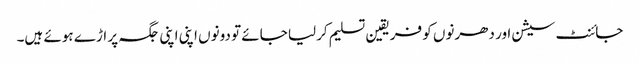
جائنٹ سیشن اور دھرنوں کو فریقین تسلیم کرلیا جائے تو دونوں اپنی اپنی جگہ پر اڑے ہوئے ہیں۔